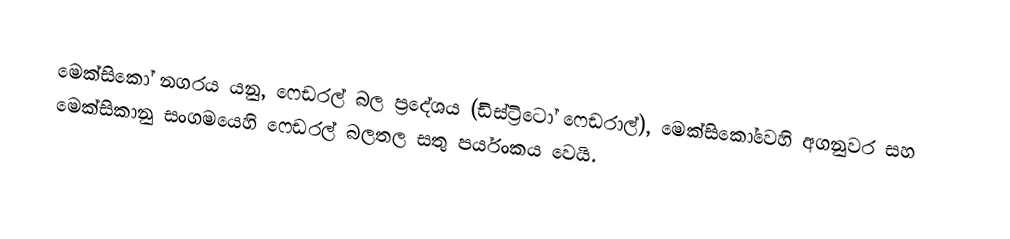
මෙක්සිකෝ නගරය යනු,  ෆෙඩරල් බල ප්‍රදේශය (ඩිස්ට්‍රිටෝ ෆෙඩරාල්),  මෙක්සිකෝවෙහි අගනුවර සහ  මෙක්සිකානු සංගමයෙහි ෆෙඩරල් බලතල සතු පර්යංකය වෙයි.